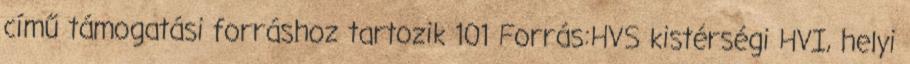
című támogatási forráshoz tartozik 101 Forrás:HVS kistérségi HVI, helyi